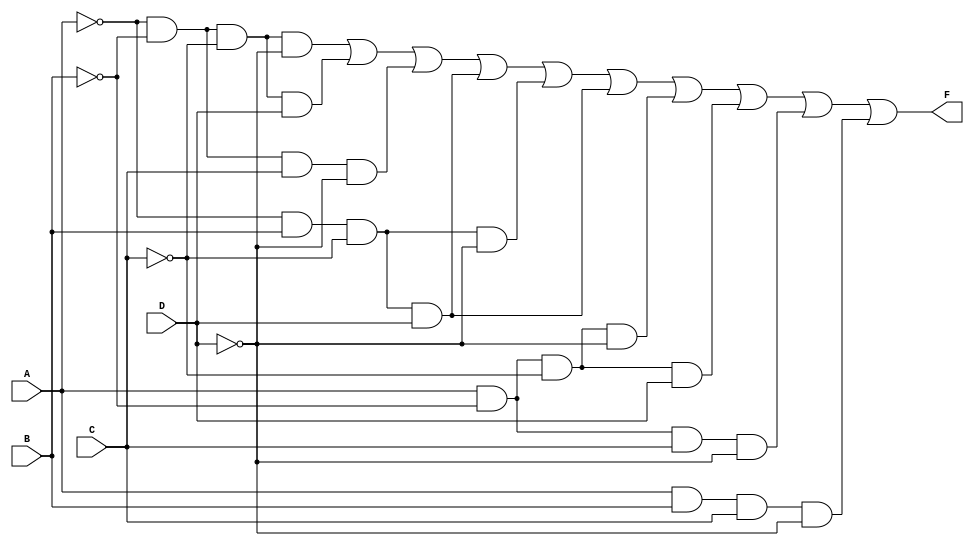
module four_variable_kmap(
    input wire A,     // First input variable
    input wire B,     // Second input variable
    input wire C,     // Third input variable
    input wire D,     // Fourth input variable
    output wire F     // Output of the K-map (Boolean function)
);

// The function can be defined using the K-map.
// For this example, let's define a simple function based on hypothetical K-map grouping.
// This example represents the logic for the minterms: m0, m1, m2, m5, m6, m7, m8, m9, m10, m14
// Meaning the output will be '1' for minterms: 0, 1, 2, 5, 6, 7, 8, 9, 10, 14

assign F = (A == 1'b0 && B == 1'b0 && C == 1'b0 && D == 1'b0) ||  // m0
           (A == 1'b0 && B == 1'b0 && C == 1'b0 && D == 1'b1) ||  // m1
           (A == 1'b0 && B == 1'b0 && C == 1'b1 && D == 1'b0) ||  // m2
           (A == 1'b0 && B == 1'b1 && C == 0 && D == 1'b1) ||      // m5
           (A == 1'b0 && B == 1'b1 && C == 1'b0 && D == 1'b0) ||  // m6
           (A == 1'b0 && B == 1'b1 && C == 1'b0 && D == 1'b1) ||  // m7
           (A == 1'b1 && B == 1'b0 && C == 0 && D == 0) ||        // m8
           (A == 1'b1 && B == 1'b0 && C == 0 && D == 1) ||        // m9
           (A == 1'b1 && B == 1'b0 && C == 1 && D == 0) ||        // m10
           (A == 1'b1 && B == 1'b1 && C == 1 && D == 0);          // m14

endmodule